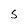
Character: S